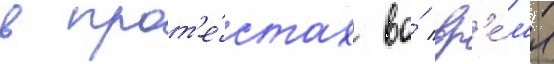
в прот'е́стах во́ вр'е́м'я